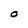
Character: O